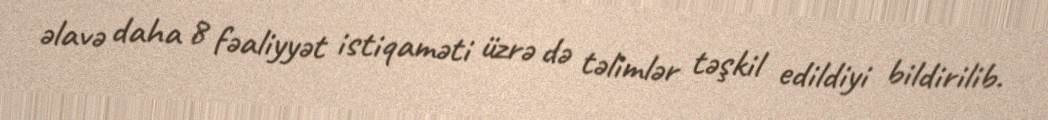
əlavə daha 8 fəaliyyət istiqaməti üzrə də təlimlər təşkil edildiyi bildirilib.